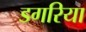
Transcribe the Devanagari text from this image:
डगरिया